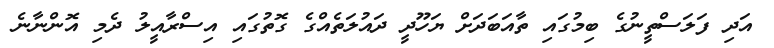
އަދި ފަލަސްތީނުގެ ބިމުގައި ތާއަބަދަށް ޔަހޫދީ ދައުލަތެއްގެ ގޮތުގައި އިސްރާއީލު ދެމި އޮންނާނެ